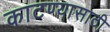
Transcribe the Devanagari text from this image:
काटण्यासाठी